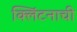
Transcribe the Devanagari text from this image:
क्लिंटनाची